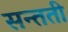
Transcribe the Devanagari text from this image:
सन्तती